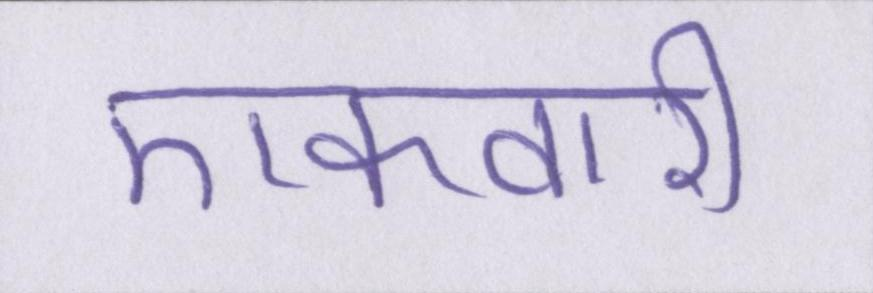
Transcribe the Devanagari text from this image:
एकवारी